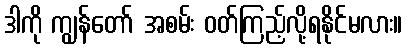
ဒါကို ကျွန်တော် အစမ်း ဝတ်ကြည့်လို့ရနိုင်မလား။